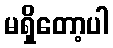
မရှိတော့ပါ